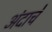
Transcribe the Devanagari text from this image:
अंदाचे